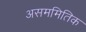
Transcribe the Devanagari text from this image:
असममितिक